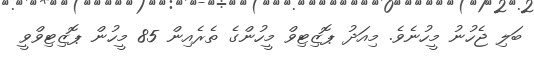
ބަލި ޖެހުނު މީހުނެވެ. މިއަދު ޕޮޒިޓިވް މީހުންގެ ތެރެއިން 85 މީހުން ޕޮޒިޓިވްވީ